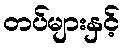
တပ်များနှင့်